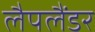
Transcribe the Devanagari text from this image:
लैपलैंडर